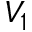
V _ { 1 }